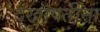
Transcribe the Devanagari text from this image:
दुखापतींना